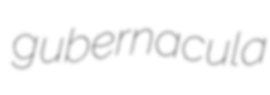
gubernacula